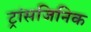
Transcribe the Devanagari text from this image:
ट्रांसजिनिक